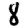
Digit: 8